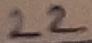
Text: 22